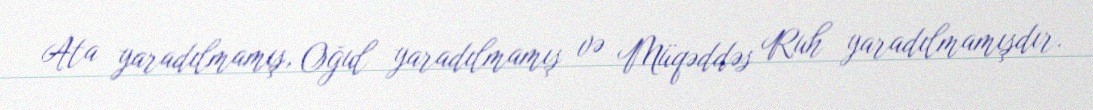
Ata yaradılmamış, Oğul yaradılmamış və Müqəddəs Ruh yaradılmamışdır.